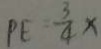
P E = \frac { 3 } { 4 } x